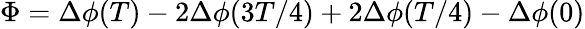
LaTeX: \Phi=\Delta\phi(T)-2\Delta\phi(3T/4)+2\Delta\phi(T/4)-\Delta\phi(0)